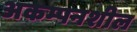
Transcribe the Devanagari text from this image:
अकम्पनशील